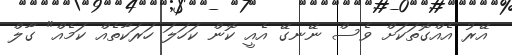
އޭރު އެއްގޮތަކަށް ވެސް ނޭނގޭ އެއީ ކޮން ކަހަލަ ހަރަކާތެއް ކަމެއް" ގާލް